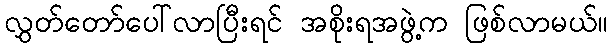
လွှတ်တော်ပေါ်လာပြီးရင် အစိုးရအဖွဲ့က ဖြစ်လာမယ်။